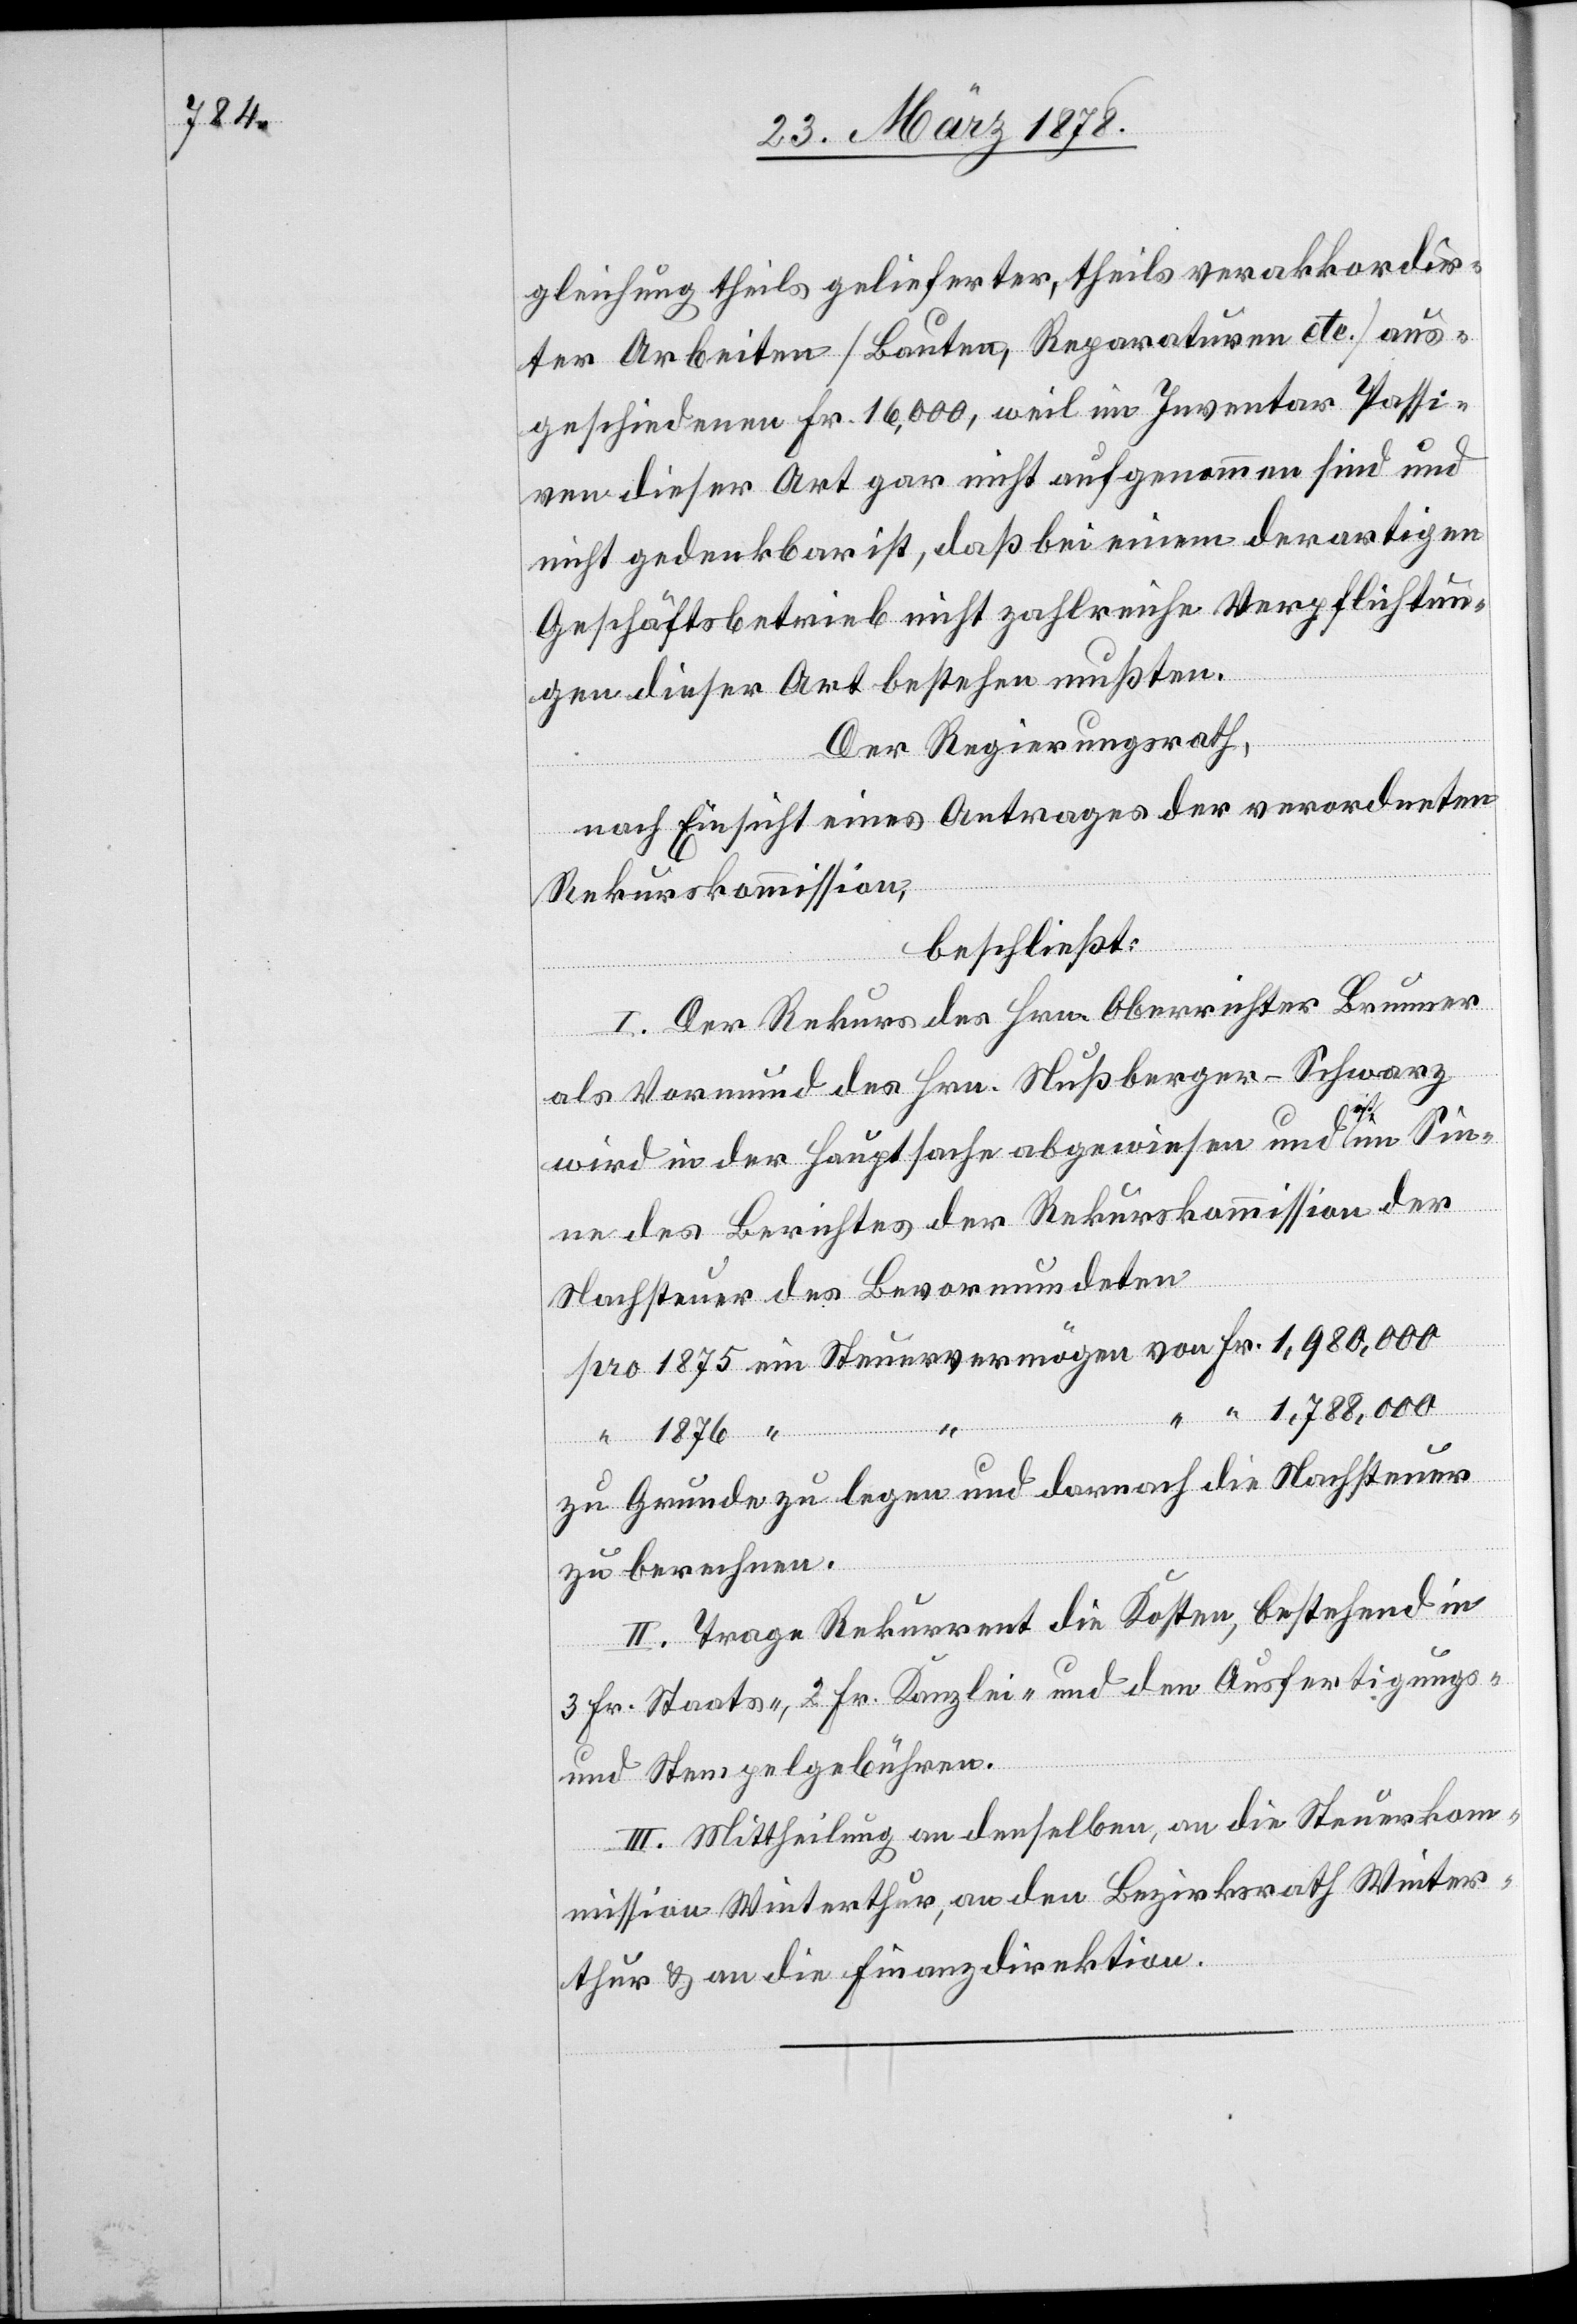
gleichung theils gelieferter, theils verakkordir¬
ten Arbeiten (Bauten, Reparaturen etc.) aus¬
geschiedenen Fr. 16,000, weil im Inventar Passi¬
ven dieser Art gar nicht aufgenommen sind und
nicht gedenkbar ist, daß bei einem derartigen
Geschäftsbetrieb nicht zahlreiche Verpflichtun¬
gen dieser Art bestehen mußten.
Der Regierungsrath,
nach Einsicht eines Antrages der verordneten
Rekurskommission,
beschließt:
I. Der Rekurs des Hrn. Oberrichter Brunner
als Vormund des Hrn. Nußberger-Schwarz
wird in der Hauptsache abgewiesen und ist im Sin¬
ne des Berichtes der Rekurskommission der
Nachsteuer des Bevormundeten
pro 1875 ein Steuervermögen von Fr. 1,980,000
“ “ 1,788,000
“ 1876 “
zu Grunde zu legen und darnach die Nachsteuer
zu berechnen.
II. Trage Rekurrent die Kosten, bestehend in
3 Fr. Staats-, 2 Fr. Kanzlei- und den Ausfertigungs-
und Stempelgebühren.
III. Mittheilung an denselben, an die Steuerko¬
mmission Winterthur, an den Bezirksrath Winter¬
thur & an die Finanzdirektion.